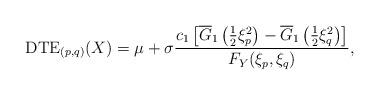
LaTeX: \begin{align*} \mathrm{DTE}_{(p,q)}(X)=\mu+\sigma\frac{c_{1}\left[\overline{G}_{1}\left(\frac{1}{2}\xi_{p}^{2}\right)-\overline{G}_{1}\left(\frac{1}{2}\xi_{q}^{2}\right)\right]}{F_{Y}(\xi_{p},\xi_{q})},\end{align*}